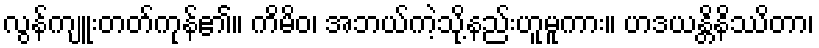
လွန်ကျူးတတ်ကုန်၏။ ကိမိဝ၊ အဘယ်ကဲ့သို့နည်းဟူမူကား။ ဟဒယန္တိနိဿိတာ၊